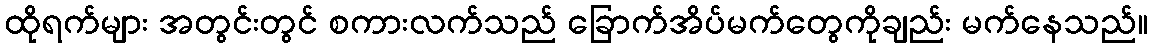
ထိုရက်များ အတွင်းတွင် စကားလက်သည် ခြောက်အိပ်မက်တွေကိုချည်း မက်နေသည်။